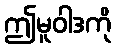
ဤမူဝါဒကို